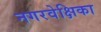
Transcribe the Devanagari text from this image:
नगरवेक्षिका